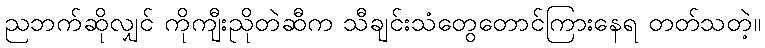
ညဘက်ဆိုလျှင် ကိုကျီးညိုတဲဆီက သီချင်းသံတွေတောင်ကြားနေရ တတ်သတဲ့။